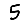
Digit: 5